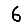
Digit: 6